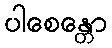
ပါစေန္တော